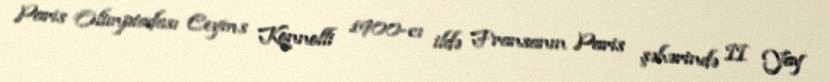
Paris Olimpiadası Ceyms Konnolli 1900-cı ildə Fransanın Paris şəhərində II Yay